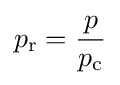
p_{\rm {r}}={p \over p_{\rm {c}}}